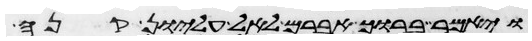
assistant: ויאמר ברוך אברם לאל עליון קנה